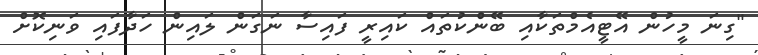
"ގިނަ މީހުން އޭޓީއެމްތަކާއި ބޭންކުތައް ކައިރީ ފައިސާ ނަގަން ލައިން ހަދާފައި ވަނިކޮށް